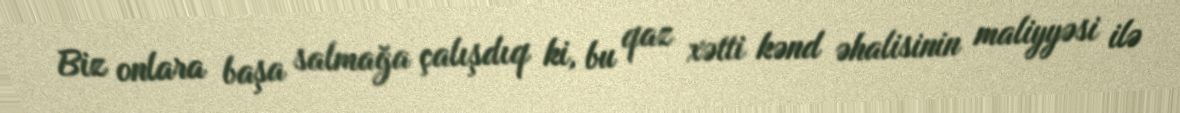
Biz onlara başa salmağa çalışdıq ki, bu qaz xətti kənd əhalisinin maliyyəsi ilə